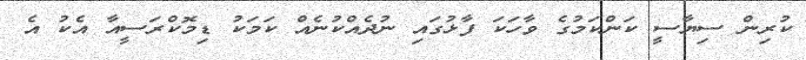
ކުރިން ސިޔާސީ ކަންކަމުގެ ވާހަކަ ފާޅުގައި ނުދެއްކުނެއް ކަމަކު ޑިމޮކްރަސީއާ އެކު އެ